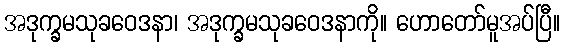
အဒုက္ခမသုခဝေဒနာ၊ အဒုက္ခမသုခဝေဒနာကို။ ဟောတော်မူအပ်ပြီ။